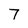
Character: 7